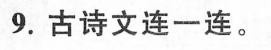
9.古诗文连一连。